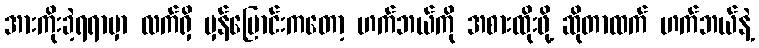
အားကိုးခဲ့ရရာမှာ လက်ရှိ မှန်ပြောင်းကတော့ ဟက်ဘယ်ကို အစားထိုးဖို့ ဆိုတာထက် ဟက်ဘယ်နဲ့